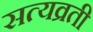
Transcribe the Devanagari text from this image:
सत्यव्रती